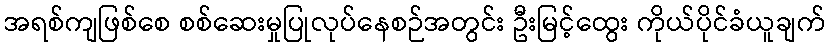
အရစ်ကျဖြစ်စေ စစ်ဆေးမှုပြုလုပ်နေစဉ်အတွင်း ဦးမြင့်ထွေး ကိုယ်ပိုင်ခံယူချက်